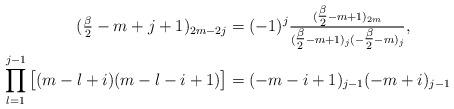
LaTeX: \begin{align*} (\tfrac{\beta}{2}-m+j+1)_{2m-2j} &=(-1)^j\tfrac{(\tfrac{\beta}{2}-m+1)_{2m}}{(\tfrac{\beta}{2}-m+1)_j(-\tfrac{\beta}{2}-m)_j},\\ \prod_{l=1}^{j-1}\big[(m-l+i)(m-l-i+1)\big]&=(-m-i+1)_{j-1}(-m+i)_{j-1} \end{align*}